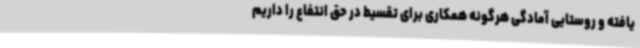
‌یافته و روستایی آمادگی هرگونه همکاری برای تقسیط در حق انتفاع را داریم